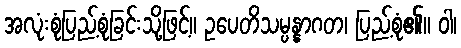
အလုံးစုံပြည့်စုံခြင်းသို့ဖြင့်။ ဥပေတိသမ္ပန္နာဂတ၊ ပြည့်စုံ၏။ ဝါ၊